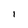
Character: l